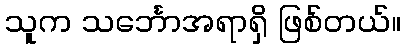
သူက သင်္ဘောအရာရှိ ဖြစ်တယ်။